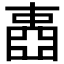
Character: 𡈋